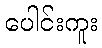
ပေါင်းကူး